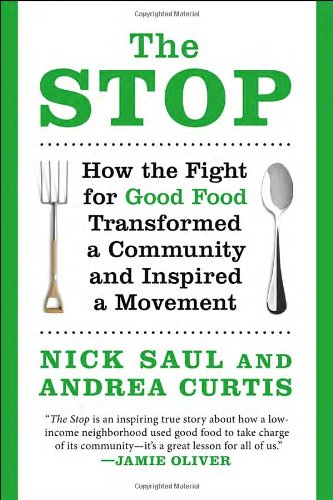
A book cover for The Stop: How the Fight for Good Food Transformed a Community and Inspired a Movement; Nick Saul; Cookbooks, Food & Wine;